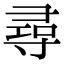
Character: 尋